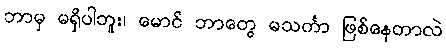
ဘာမှ မရှိပါဘူး၊ မောင် ဘာတွေ မသင်္ကာ ဖြစ်နေတာလဲ